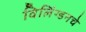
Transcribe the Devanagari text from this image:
विलिंग्डनचे